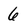
Character: 6